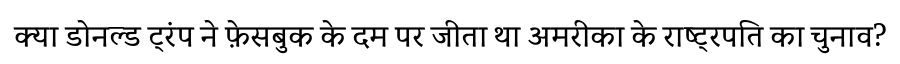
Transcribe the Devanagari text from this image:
क्या डोनल्ड ट्रंप ने फ़ेसबुक के दम पर जीता था अमरीका के राष्ट्रपति का चुनाव?